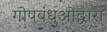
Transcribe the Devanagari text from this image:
गोपबंधुओंद्वारा